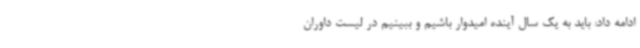
ادامه داد: باید به یک سال آینده امیدوار باشیم و ببینیم در لیست داوران